Annual report on the working of the lock hospitals in the North-Western Provinces and Oudh
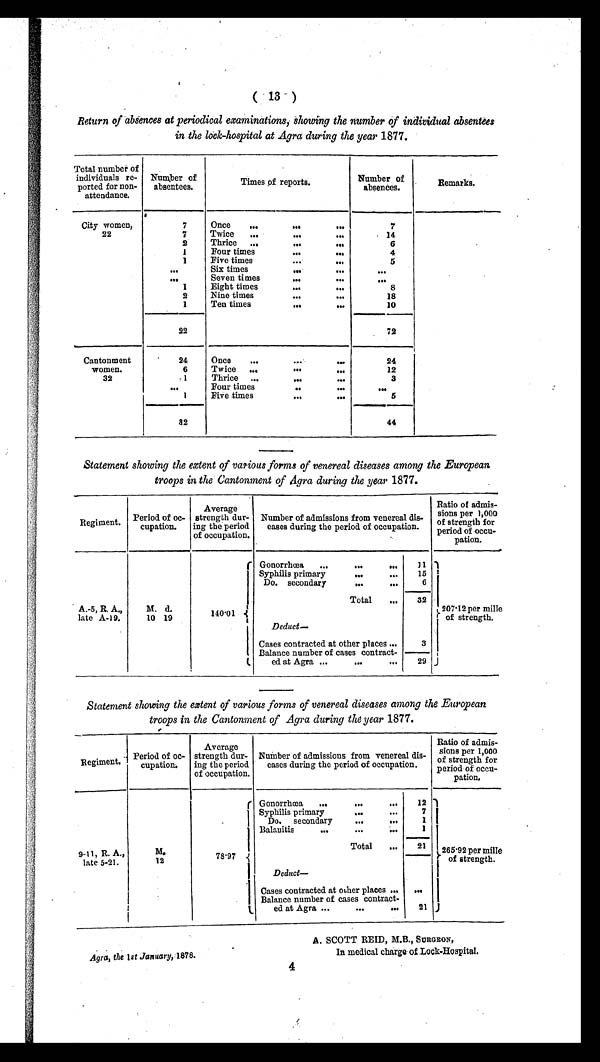
( 13 )
Return of absences at periodical examinations, showing the number of individual absentees
in the lock-hospital at Agra during the year 1877.
Total number of
individuals re-
ported for non-
attendance.
Number of
absentees.
Times of reports.
Number of
absences.
Remarks.
City women,
22
7
Once
...
...
. . .
7
7
Twice
...
...
. . .
14
2
Thrice
...
... ...
6
1
Four times
...
...
4
1
Five times
. . . . . .
5
. . .
Six times
...
...
. . .
. . .
Seven times
...
. . .
...
1
Eight times
...
. . .
8
2
Nine times
... ...
18
1
Ten times
... ...
10
22
72
Cantonment
women.
32
24
Once
...
...
. . .
24
6
Twice
...
... ...
12
1
Thrice ...
...
. . .
3
...
Four times
..
. . .
...
1
Five times
...
...
5
32
44
Statement showing the extent of various forms of venereal diseases among the European
troops in the cantonment of Agra during the year 1877.
Regiment.
Period of oc-
cupation.
Average
strength dur-
ing the period
of occupation.
Number of admissions from venereal dis-
eases during the period of occupation.
Ratio of admis-
sions per 1,
000
of strength for
period of occu-
pation.
A.-5, R. A.,
late A-19.
M . d.
10 19
140 01
Gonorrhœa
...
...
. . .
11
207·12 per mille
of strength.
Syphilis primary
...
. . .
15
Do. secondary
. . . ...
6
Total
...
32
Deduct —
Cases contracted at other places ...
3
Balance number of cases contract-
ed at Agra ...
...
. . .
29
Statement showing the extent of various forms of venereal diseases among the European
troops in the Cantonment of Agra during the year 1877.
Regiment.
Period of oc-
cupation.
Average
strength dur-
ing the period
of occupation.
Number of admissions from venereal dis-
eases during the period of occupation.
Ratio of admis-
sions per 1,000
of strength for
period of occu-
pation.
9-11, R. A.,
late 5-21.
M.
12
78 97
Gonorrhœa
...
...
...
12
265·92 per mille
of strength.
Syphilis primary
...
...
7
Do. secondary ... ...
1
Balanitis
. . . ...
...
1
Total
...
21
Deduct—
Cases contracted at other places ...
...
Balance number of cases contract- e d a t A g r a . . . . . . . . .
21
Agra, the 1st January, 1878.
4
A. SCOTT REID, M.B., SURGEON,
In medical charge of Lock-Hospital.